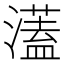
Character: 濭